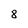
Character: 8